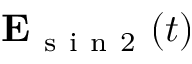
\mathbf { E } _ { \mathrm { ~ s ~ i ~ n ~ 2 ~ } } ( t )